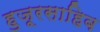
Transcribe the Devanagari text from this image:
हुजूरसाहिब